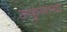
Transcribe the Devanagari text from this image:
अकुलाया